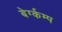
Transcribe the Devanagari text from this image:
बेर्ग्कम्प